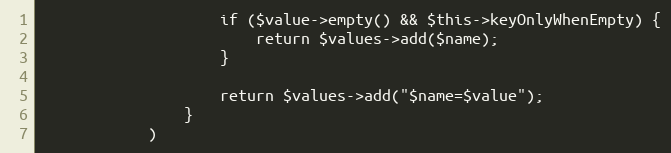
Language: PHP
                    if ($value->empty() && $this->keyOnlyWhenEmpty) {
                        return $values->add($name);
                    }

                    return $values->add("$name=$value");
                }
            )